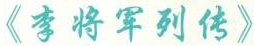
《李将军列传》